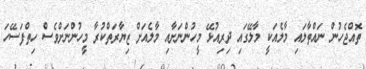
ތޮއްޖެހުން ނައްތާލައި މާލެއަކީ މާލޭގައި ދިރިއުޅޭ މީހުންނަށާއި މާލެއަށް ޒިޔާރަތްކުރާ މީހުންނަށްވެސް ހިތްފަސޭހަ